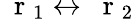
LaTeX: \mathrm{~\mathbf~r~}_{1}\leftrightarrow\mathrm{~\mathbf~r~}_{2}